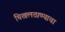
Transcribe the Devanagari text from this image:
चिखलठाण्याचा